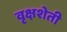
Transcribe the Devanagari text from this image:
वृक्षशेती